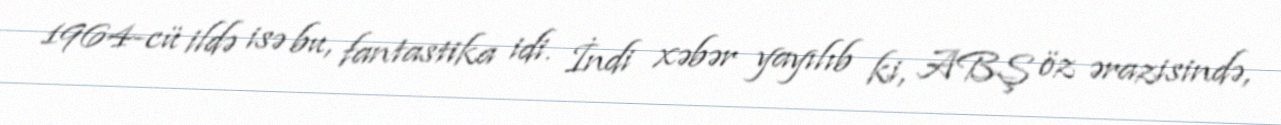
1964-cü ildə isə bu, fantastika idi. İndi xəbər yayılıb ki, ABŞ öz ərazisində,